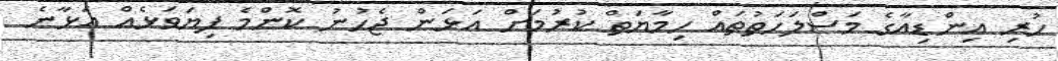
ހުރި އިންޑިއާގެ މަސްލަހަތުތައް ހިމާޔަތް ކުރުމަށް އަޅަން ޖެހުނު ކޮންމެ ފިޔަވަޅެއް އަޅާނެ